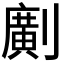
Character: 𠠎